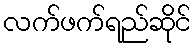
လက်ဖက်ရည်ဆိုင်